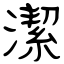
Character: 潔